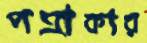
পত্রাকার